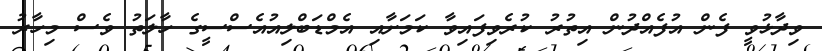
ވިދާޅުވީ ފެން އުފެއްދުން އިތުރު ކުރެވިފައިވާ ކަމަށާއި އެމްޑަބްލިއުއެސްސީގެ ހާލަތު ވެސް މިހާރު